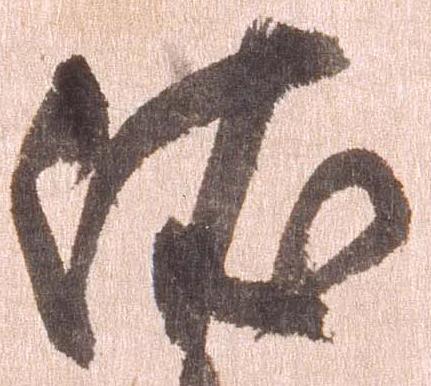
依